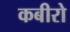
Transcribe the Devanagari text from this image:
कबीरो